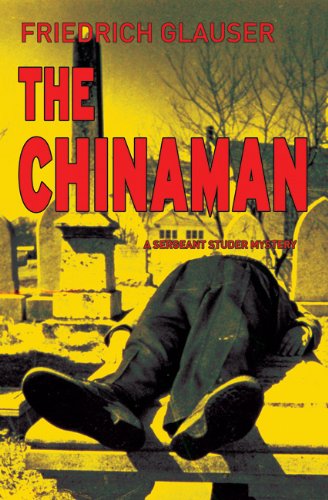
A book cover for The Chinaman: A Sergeant Studer Mystery; Friedrich Glauser; Travel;